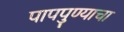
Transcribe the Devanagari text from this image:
पापपुण्याचा